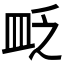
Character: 𥁔